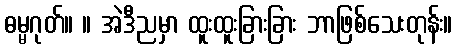
ဓမ္မဂုတ်။ ။ အဲဒီညမှာ ထူးထူးခြားခြား ဘာဖြစ်သေးတုန်း။